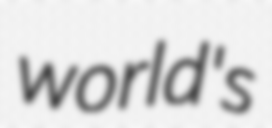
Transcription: world's